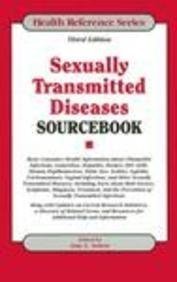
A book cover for Sexually Transmitted Diseases Sourcebook: Basic Consumer Health Information about Chlamydial Infections, Gonorrhea, Hepatitis, Herpes, HIV/AIDS... (Health Reference Series); Ed. Sutton; Health, Fitness & Dieting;